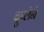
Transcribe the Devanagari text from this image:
दुप्लेने